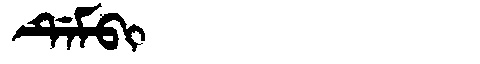
Manchu: ᡩᡝᠮᠪᡳ
Romanization: DEMBI